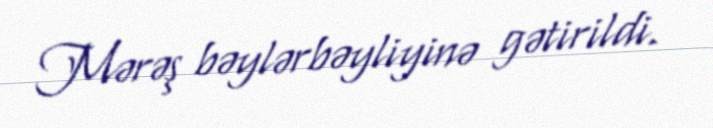
Mərəş bəylərbəyliyinə gətirildi.